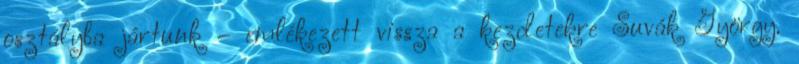
osztályba jártunk – emlékezett vissza a kezdetekre Suvák György.